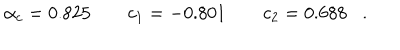
\alpha _ { c } = 0 . 8 2 5 \quad \quad c _ { 1 } = - 0 . 8 0 1 \quad \quad c _ { 2 } = 0 . 6 8 8 .